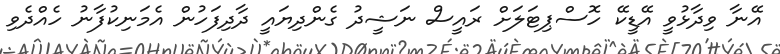
އޭނާ ވިދާޅުވީ އޭޑީކޭ ހޮސްޕިޓަލަށް ރައީސް ނަޝީދު ގެންދިޔައީ ދާދިފަހުން އެމަނިކުފާނު ހެއްދެވި